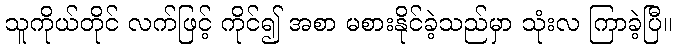
သူကိုယ်တိုင် လက်ဖြင့် ကိုင်၍ အစာ မစားနိုင်ခဲ့သည်မှာ သုံးလ ကြာခဲ့ပြီ။